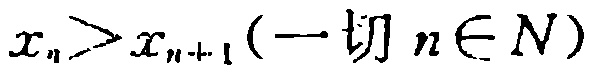
\(x_{n}>x_{n + 1}(\text{一切 }n\in N)\)